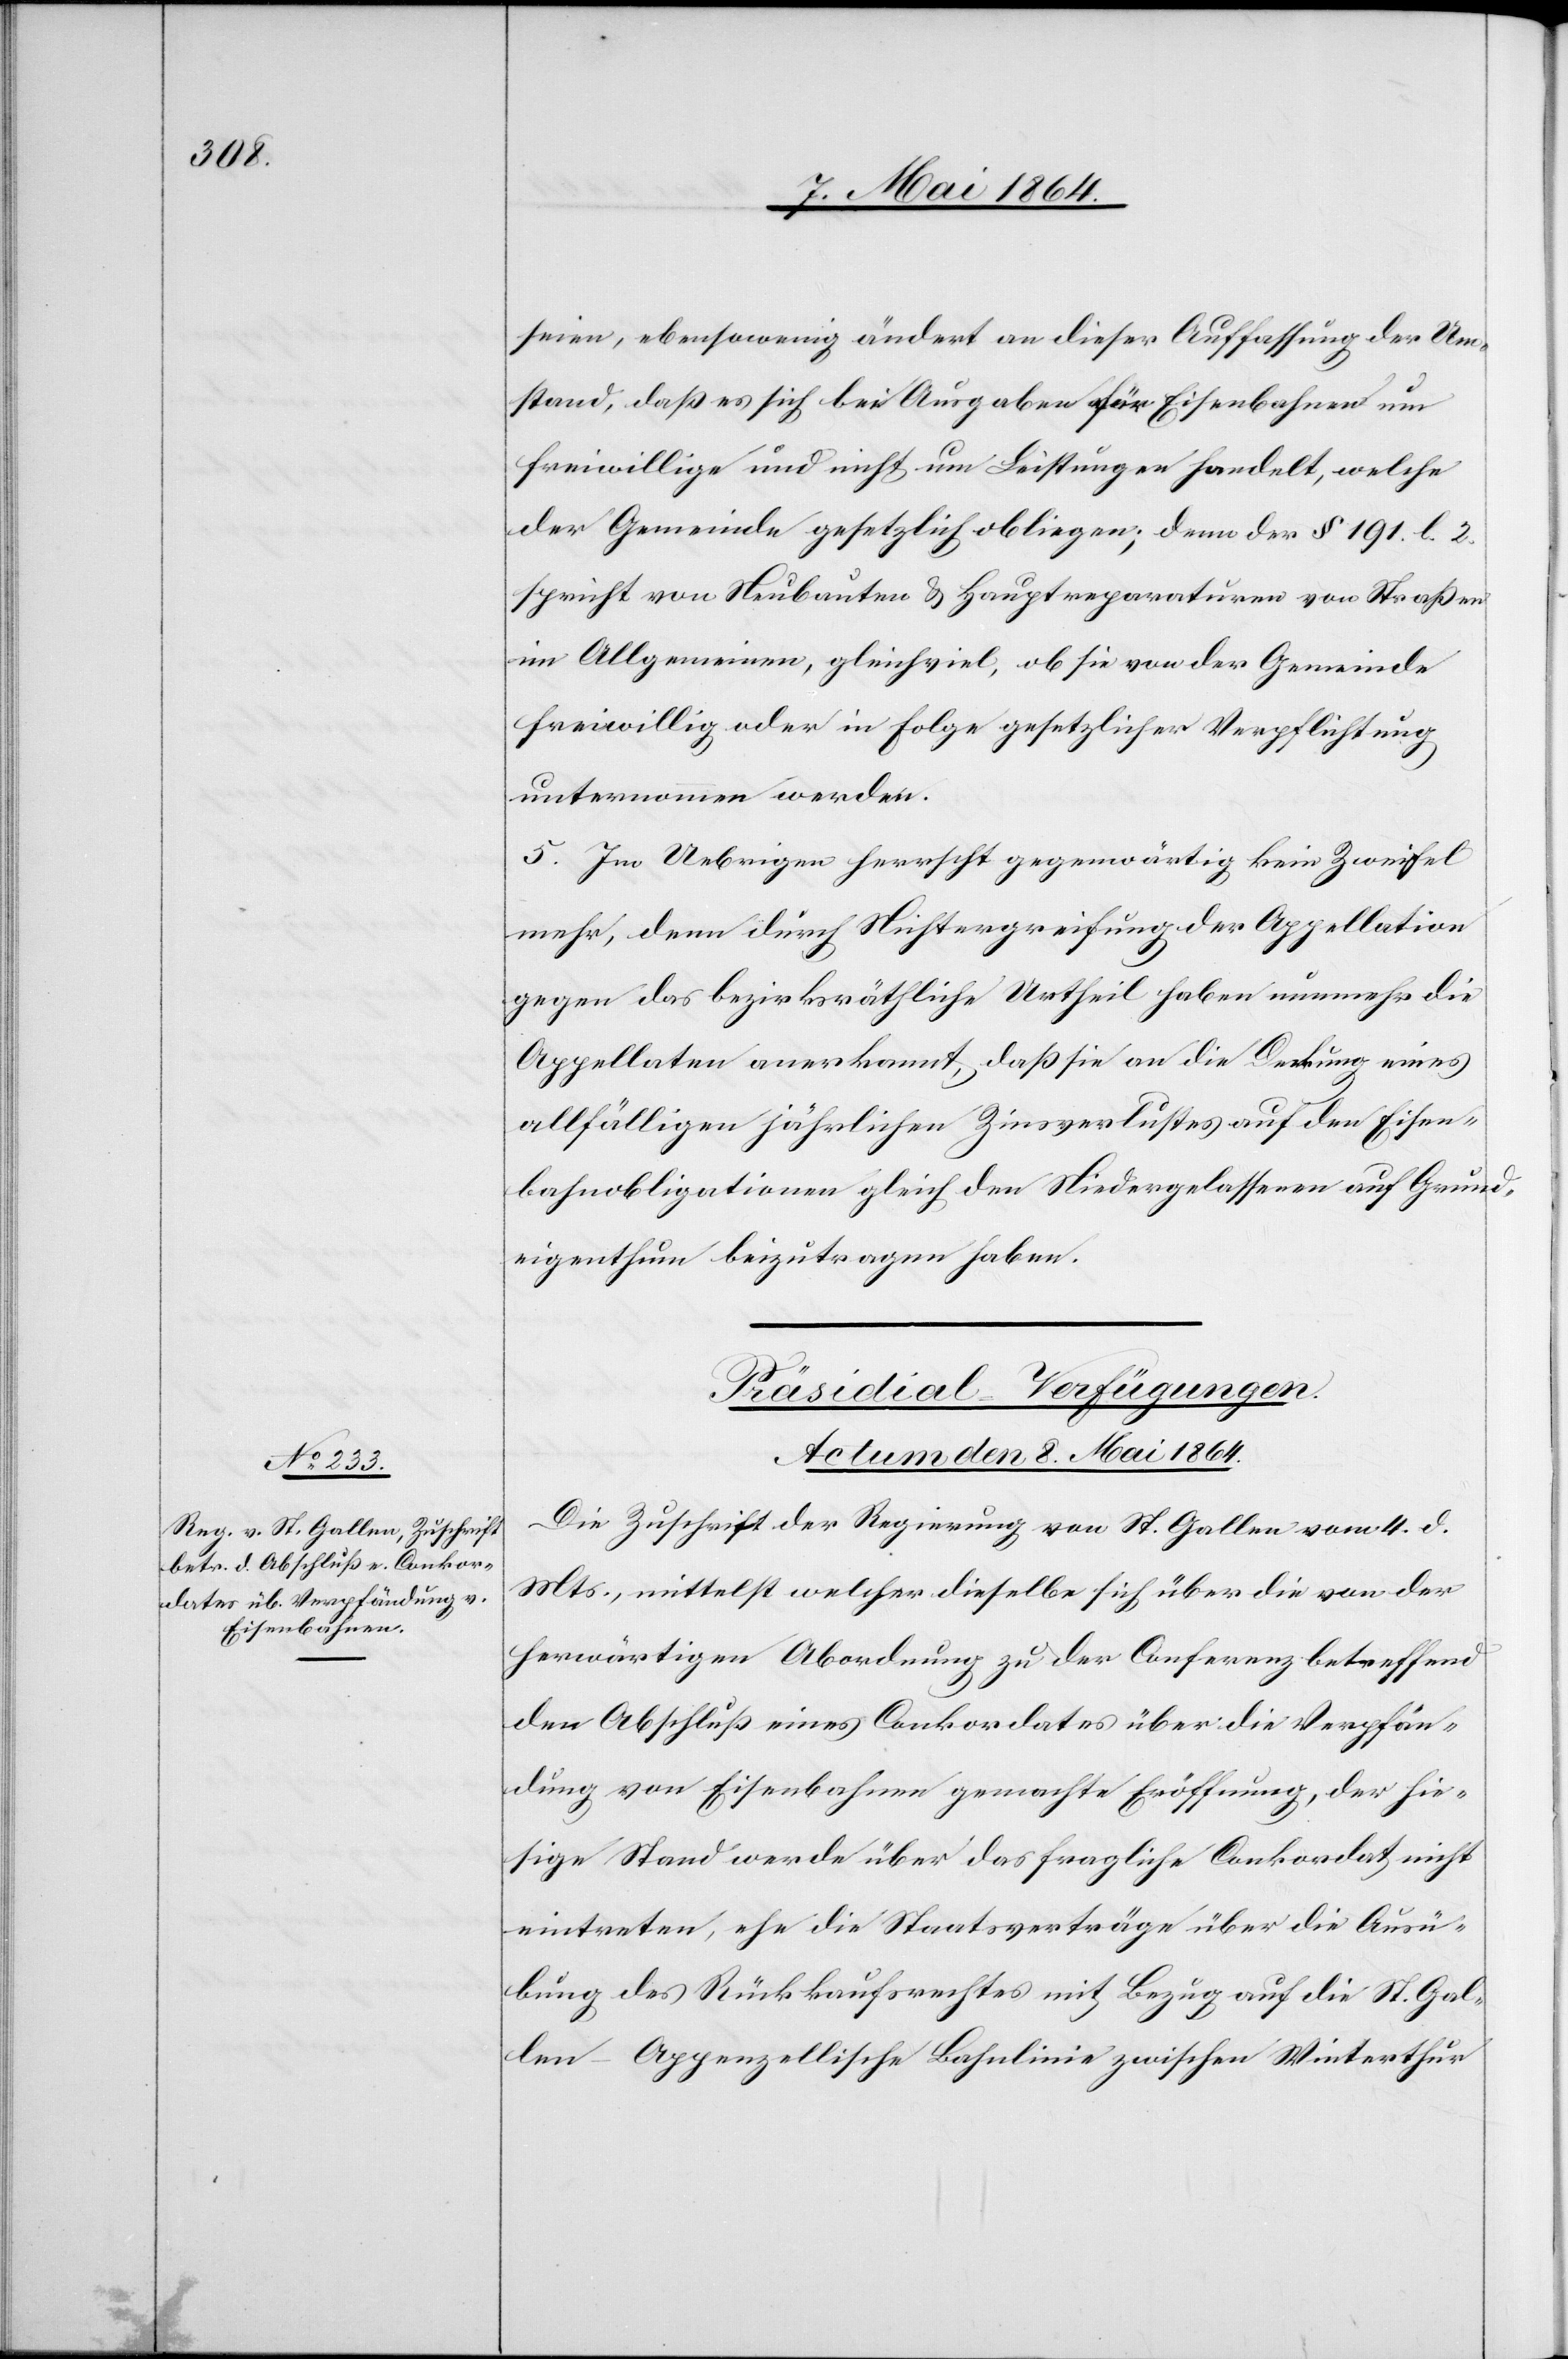
seien, ebensowenig ändert an dieser Auffassung der Um¬
stand, daß es sich bei Ausgaben für Eisenbahnen um
freiwillige und nicht um Leistungen handelt, welche
der Gemeinde gesetzlich obliegen; denn der § 191. l. 2.
spricht von Neubauten u. Hauptreparaturen von Straßen
im Allgemeinen, gleichviel, ob sie von der Gemeinde
freiwillig oder in Folge gesetzlicher Verpflichtung
unternommen werden.
5. Im Uebrigen herrscht gegenwärtig kein Zweifel
mehr, denn durch Nichtergreifung der Appellation
gegen das bezirksräthliche Urtheil haben nunmehr die
Appellaten anerkannt, daß sie an die Deckung eines
allfälligen jährlichen Zinsverlustes auf den Eisen¬
bahnobligationen gleich den Niedergelassenen auf Grund¬
eigenthum beizutragen haben.
Präsidial-Verfügungen.
Actum den 8. Mai 1864.
Die Zuschrift der Regierung von St. Gallen vom 4. d.
Mts., mittelst welcher dieselbe sich über die von der
herwärtigen Abordnung zu der Conferenz betreffend
den Abschluß eines Conkordates über die Verpfän¬
dung von Eisenbahnen gemachte Eröffnung, der hie¬
sige Stand werde über das fragliche Conkordat nicht
eintreten, ehe die Staatsverträge über die Ausü¬
bung des Rückkaufsrechtes mit Bezug auf die St. Gal¬
len–Appenzellische Bahnlinie zwischen Winterthur